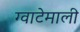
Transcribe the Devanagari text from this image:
ग्वाटेमाली